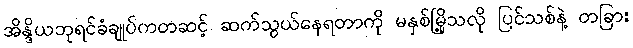
အိန္ဒိယဘုရင်ခံချုပ်ကတဆင့် ဆက်သွယ်နေရတာကို မနှစ်မြို့သလို ပြင်သစ်နဲ့ တခြား